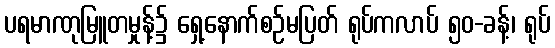
ပရမာဏုမြူတမှုန့်၌ ရှေ့နောက်စဉ်မပြတ် ရုပ်ကလာပ် ၅၀-ခန့်၊ ရုပ်